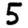
Digit: 5